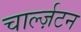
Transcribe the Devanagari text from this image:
चार्ल्ज़टन